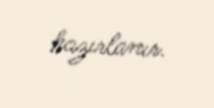
hazırlanır.